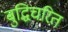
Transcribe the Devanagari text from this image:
बुद्धिचरित